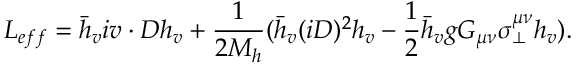
L _ { e f f } = \bar { h } _ { v } i v \cdot D h _ { v } + \frac { 1 } { 2 M _ { h } } ( \bar { h } _ { v } ( i D ) ^ { 2 } h _ { v } - \frac { 1 } { 2 } \bar { h } _ { v } g G _ { \mu \nu } \sigma _ { \bot } ^ { \mu \nu } h _ { v } ) .